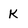
Character: k